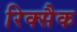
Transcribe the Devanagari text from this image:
रिक्सैक